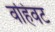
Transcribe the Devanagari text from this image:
वहिवट